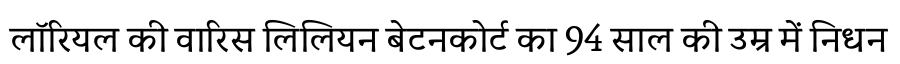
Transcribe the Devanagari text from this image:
लॉरियल की वारिस लिलियन बेटनकोर्ट का 94 साल की उम्र में निधन